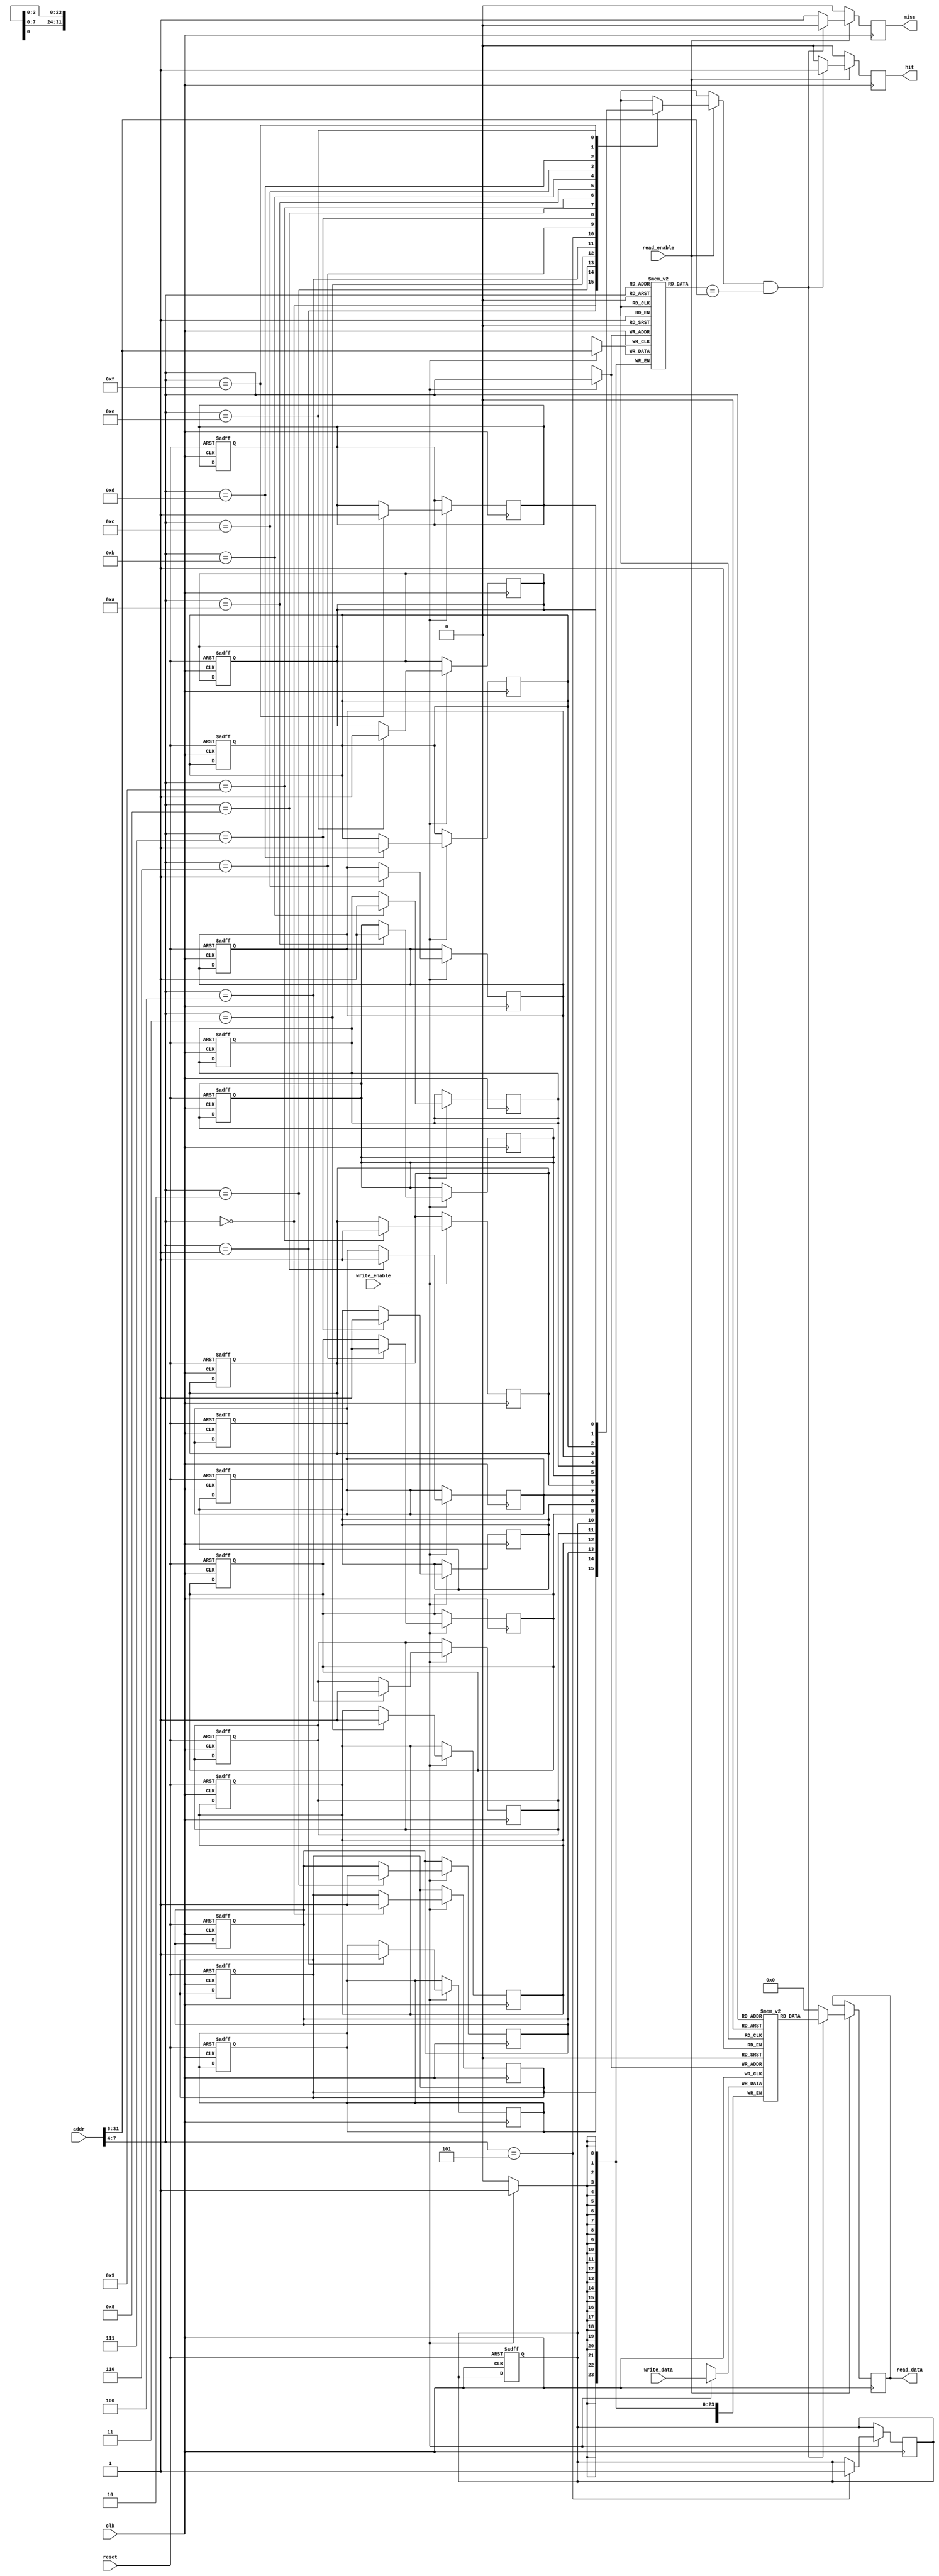
module io_cache #(
    parameter DATA_WIDTH = 32,       // Width of the data
    parameter ADDR_WIDTH = 32,       // Width of the address
    parameter CACHE_SIZE = 256,      // Total cache size in bytes
    parameter BLOCK_SIZE = 16         // Block size in bytes
) (
    input wire clk,
    input wire reset,
    input wire [ADDR_WIDTH-1:0] addr, // Address for read/write
    input wire [DATA_WIDTH-1:0] write_data, // Data to write
    input wire read_enable,           // Read enable signal
    input wire write_enable,          // Write enable signal
    output reg [DATA_WIDTH-1:0] read_data, // Data read from cache
    output reg hit,                   // Hit signal
    output reg miss                   // Miss signal
);

    localparam NUM_BLOCKS = CACHE_SIZE / BLOCK_SIZE; // Number of cache blocks
    localparam INDEX_WIDTH = $clog2(NUM_BLOCKS);      // Index width
    localparam OFFSET_WIDTH = $clog2(BLOCK_SIZE);      // Offset width
    localparam TAG_WIDTH = ADDR_WIDTH - INDEX_WIDTH - OFFSET_WIDTH; // Tag width

    // Cache line structure
    reg [DATA_WIDTH-1:0] cache_data[0:NUM_BLOCKS-1]; // Cache data
    reg [TAG_WIDTH-1:0] cache_tag[0:NUM_BLOCKS-1];   // Cache tags
    reg cache_valid[0:NUM_BLOCKS-1];                  // Valid bits
    reg cache_dirty[0:NUM_BLOCKS-1];                  // Dirty bits

    wire [INDEX_WIDTH-1:0] index; // Cache index
    wire [OFFSET_WIDTH-1:0] offset; // Block offset
    wire [TAG_WIDTH-1:0] tag; // Tag

    assign index = addr[OFFSET_WIDTH +: INDEX_WIDTH];
    assign offset = addr[OFFSET_WIDTH-1:0];
    assign tag = addr[ADDR_WIDTH-1:OFFSET_WIDTH + INDEX_WIDTH];

    // Cache initialization
    integer i;
    always @(posedge clk or posedge reset) begin
        if (reset) begin
            for (i = 0; i < NUM_BLOCKS; i = i + 1) begin
                cache_valid[i] <= 1'b0;
                cache_dirty[i] <= 1'b0;
            end
        end
    end

    // Read and Write operations
    always @(posedge clk) begin
        if (read_enable) begin
            if (cache_valid[index] && (cache_tag[index] == tag)) begin
                // Cache hit
                read_data <= cache_data[index];
                hit <= 1'b1;
                miss <= 1'b0;
            end else begin
                // Cache miss
                read_data <= {DATA_WIDTH{1'b0}}; // Placeholder for data from memory
                hit <= 1'b0;
                miss <= 1'b1;
                // Fetch data from memory and load into cache (not implemented)
            end
        end else begin
            hit <= 1'b0;
            miss <= 1'b0;
        end

        if (write_enable) begin
            // Write data to cache
            cache_data[index] <= write_data;
            cache_tag[index] <= tag;
            cache_valid[index] <= 1'b1;
            cache_dirty[index] <= 1'b1; // Mark as dirty
        end
    end

endmodule